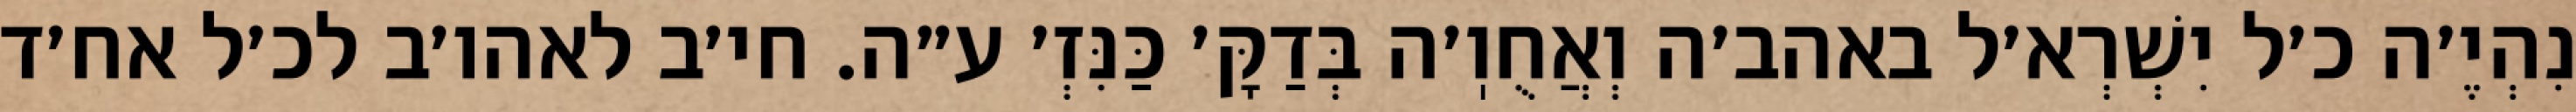
נִהְיֶ׳ה כ׳ל יִשְׁרְא׳ל באהב׳ה וְאֲחֻוֽ׳ה בְּדַקָּ׳ כַּנִּזְ׳ ע״ה. חי׳ב לאהו׳ב לכ׳ל אח׳ד